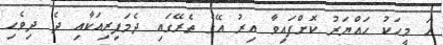
ހަ މީހަކު ހައްޔަރު ކޮށްފައިވާ އިރު އޭގެ ތެރޭގައި ދެމަފިރިއަކާއި ދެ ދިވެހި